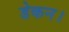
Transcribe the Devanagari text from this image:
डेकन।